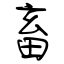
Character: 畜